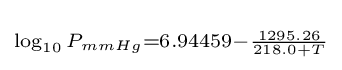
\scriptstyle \log _{10}P_{mmHg}=6.94459-{\frac {1295.26}{218.0+T}}